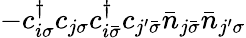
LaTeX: -c_{i\sigma}^{\dagger}c_{j\sigma}c_{i\bar{\sigma}}^{\dagger}c_{j^{\prime}\bar{\sigma}}\bar{n}_{j\bar{\sigma}}\bar{n}_{j^{\prime}\sigma}